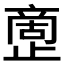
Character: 𰙷